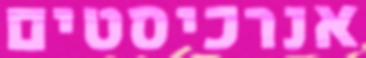
אנרכיסטים